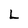
Character: L